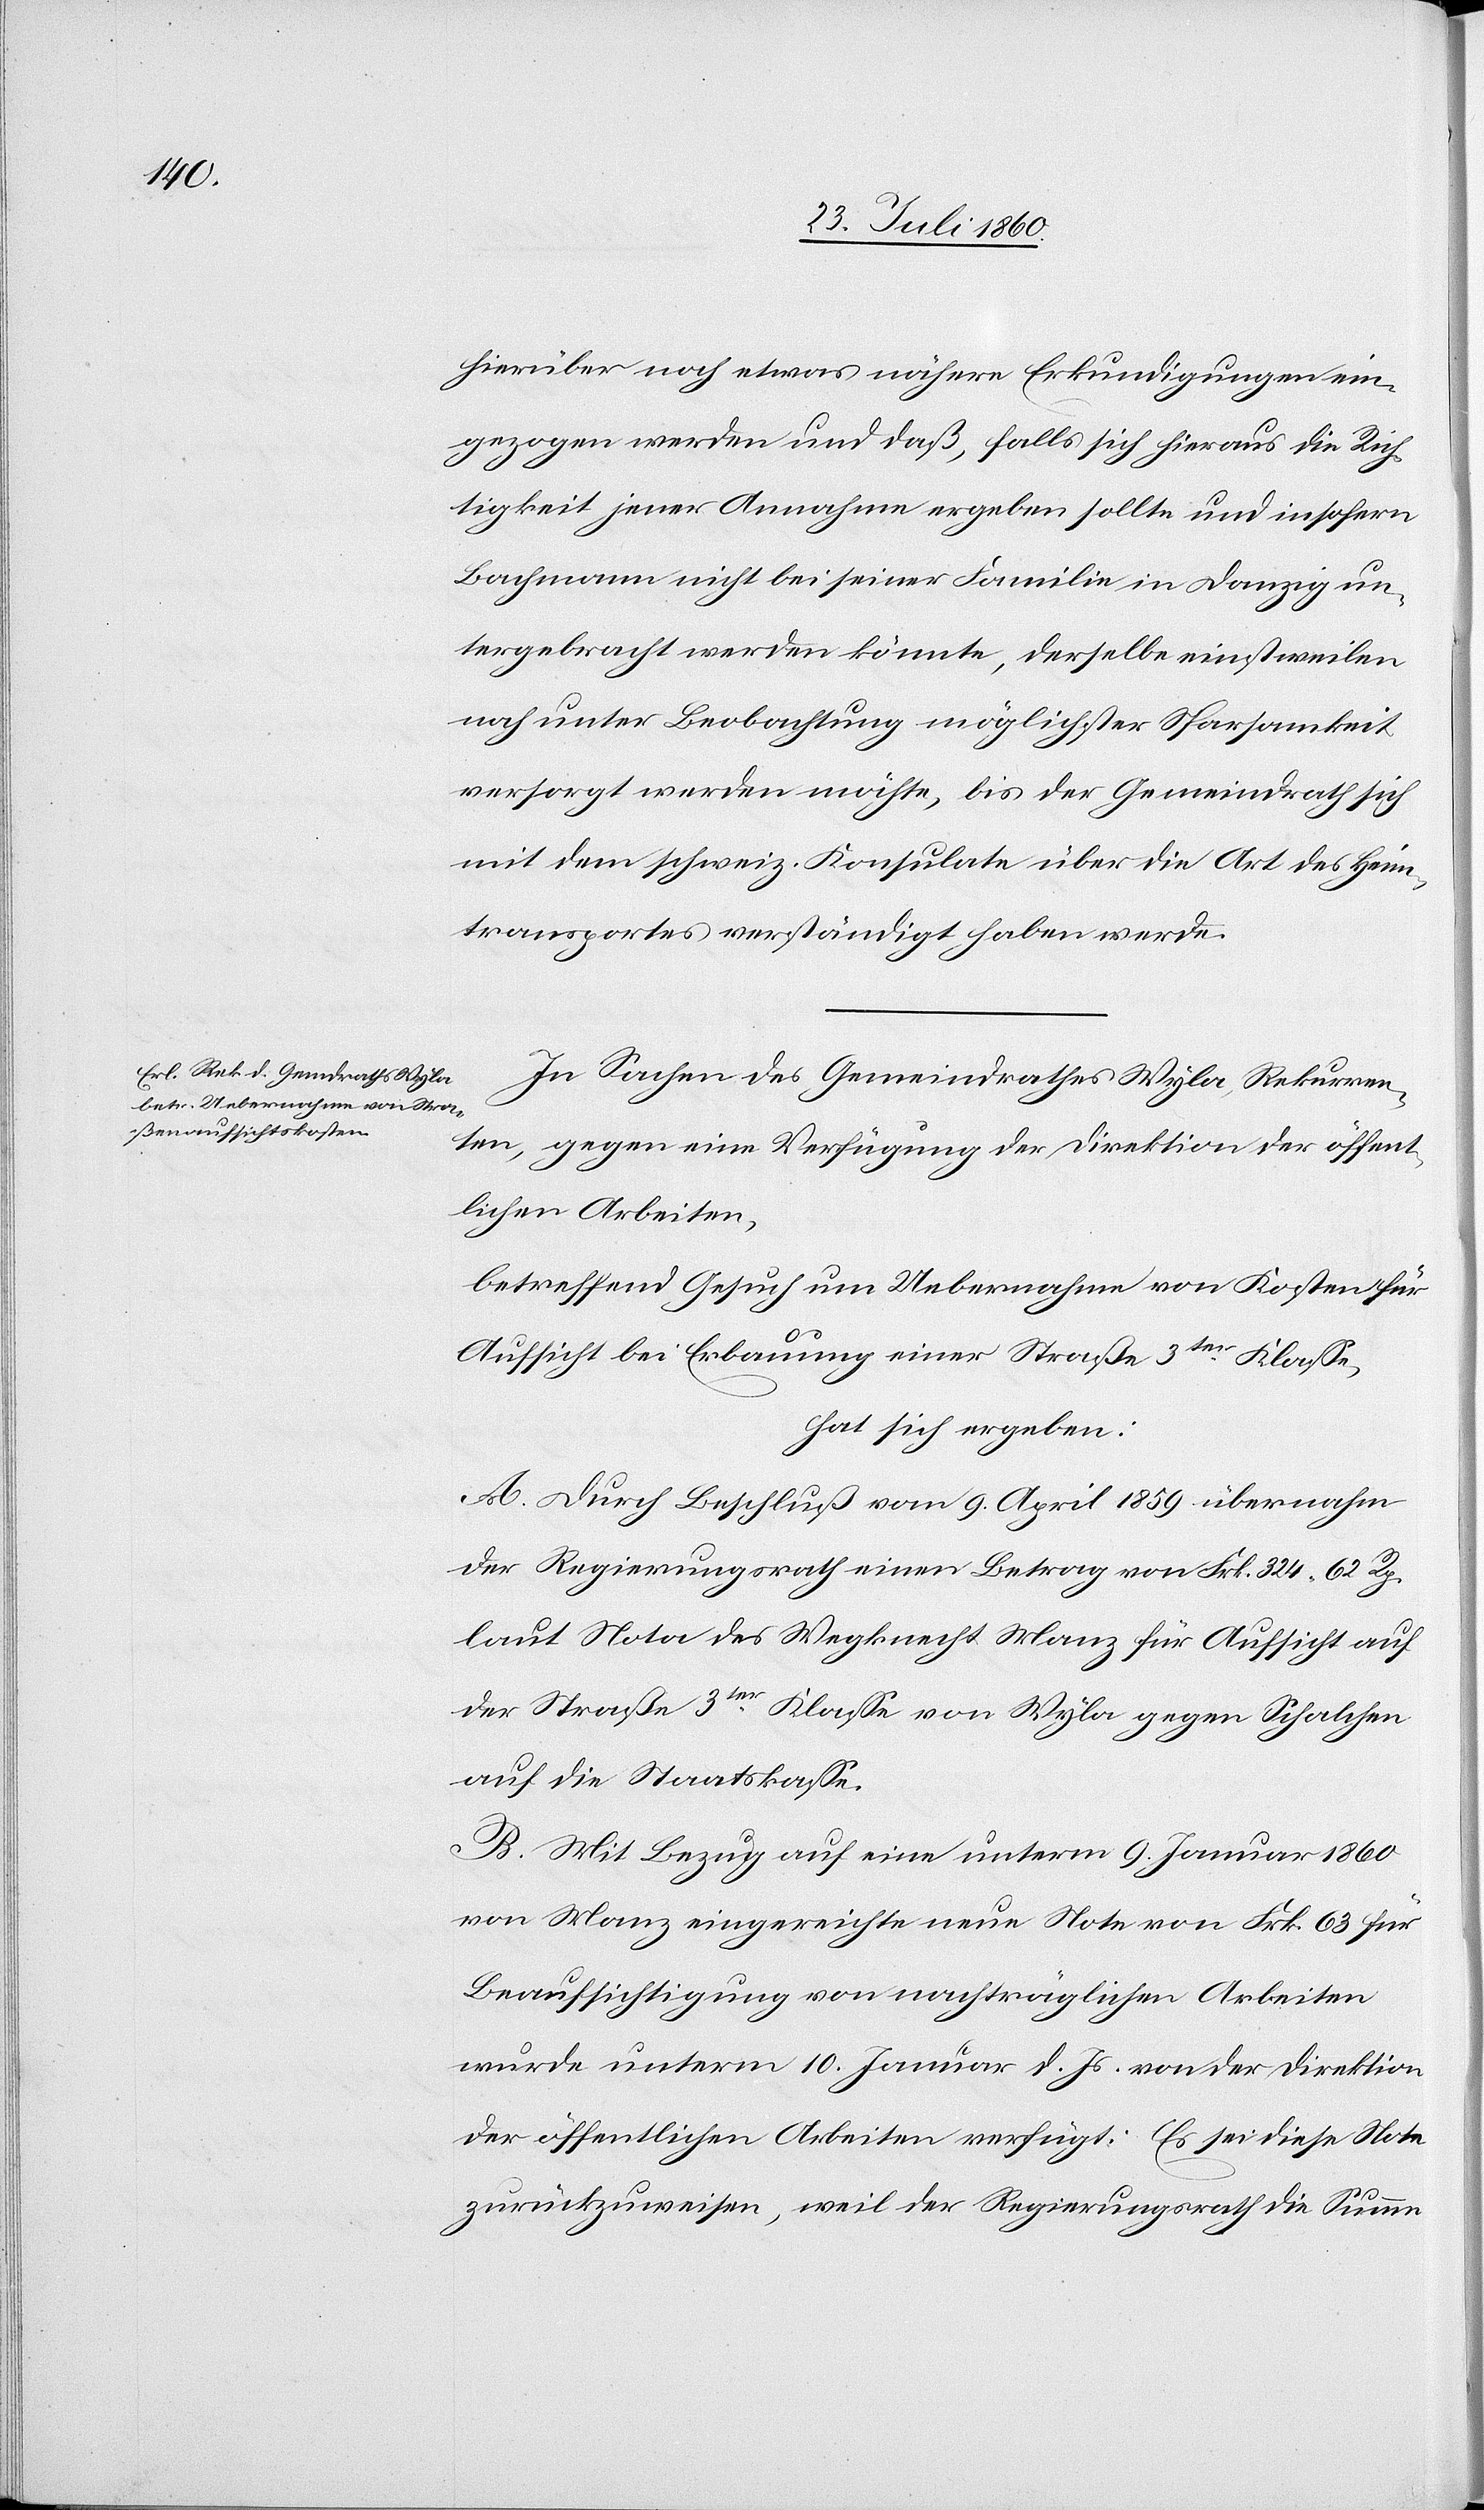
hierüber noch etwas nähere Erkundigungen ein¬
gezogen werden und dass, falls sich hieraus die Rich¬
tigkeit jener Annahme ergeben sollte u. insofern
Bachmann nicht bei seiner Familie in Danzig un¬
tergebracht werden könnte, derselbe einstweilen
noch unter Beobachtung möglichster Sparsamkeit
versorgt werden möchte, bis der Gemeindrath sich
mit dem schweiz. Konsulate über die Art des Heim¬
transportes verständigt haben werde.
In Sachen des Gemeindrathes Wyla Rekurren¬
ten gegen eine Verfügung der Direktion der öffent¬
lichen Arbeiten,
betreffend Gesuch um Uebernahme von Kosten für
Aufsicht bei Erbauung einer Strasse 3tr Klasse,
hat sich ergeben:
A. Durch Beschluss vom 9. April 1859 übernahm
der Regierungsrath einen Betrag von fcs. 324 62C
laut Nota des Wegknecht Manz für Aufsicht auf
der Strasse 3tr Klasse von Wyla gegen Schalchen
auf die Staatskasse,
B. Mit Bezug auf eine unterm 9. Jenner 1860
von Manz eingereichte neue Note von fcs. 63. – für
Beaufsichtigung von nachträglichen Arbeiten,
wurde unterm 10. Jenner d. Js. von der Direktion
der öffentlichen Arbeiten verfügt: Es sei diese Note
zurückzuweisen, weil der Regierungsrath die Summe